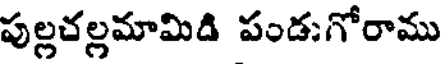
పుల్లచల్లమామిడి పండుగోరాము